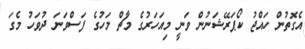
އެގޮތުން ހައްޖު ކޯޕަރޭޝަނުން ވަނީ މިއަހަރުގެ މާޗް މަހުގެ ފަސްވަނަ ދުވަހު މެގަ